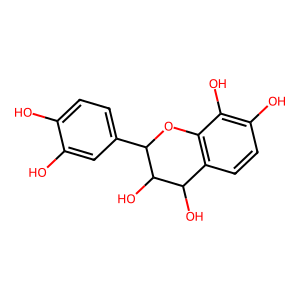
SMILES: Oc1ccc(C2Oc3c(ccc(O)c3O)C(O)C2O)cc1O
Inhibits HIV replication: No